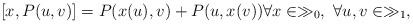
LaTeX: \begin{align*}[x,P(u,v)]=P(x(u),v)+P(u,x(v)) \forall x \in \gg_0, ~ \forall u,v \in \gg_1,\end{align*}